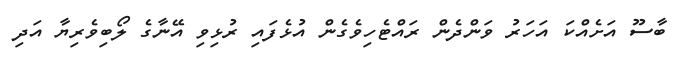
ބާސޫ އަށެއްކަ އަހަރު ވަންދެން ރައްޓެހިވެގެން އުޅެފައި ރުޅިވި އޭނާގެ ލޯބިވެރިޔާ އަދި